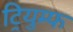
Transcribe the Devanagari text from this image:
ट्रियुम्फ